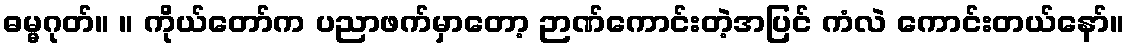
ဓမ္မဂုတ်။ ။ ကိုယ်တော်က ပညာဖက်မှာတော့ ဉာဏ်ကောင်းတဲ့အပြင် ကံလဲ ကောင်းတယ်နော်။